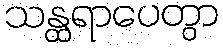
သန္ထရာပေတွာ